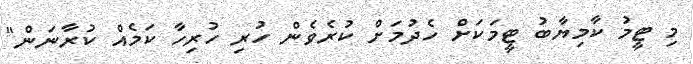
މި ޓީމު ކާމިޔާބު ޓީމަކަށް ހެދުމަށް ކުރެވެން ހުރި ހުރިހާ ކަމެއް ކުރާނަން"